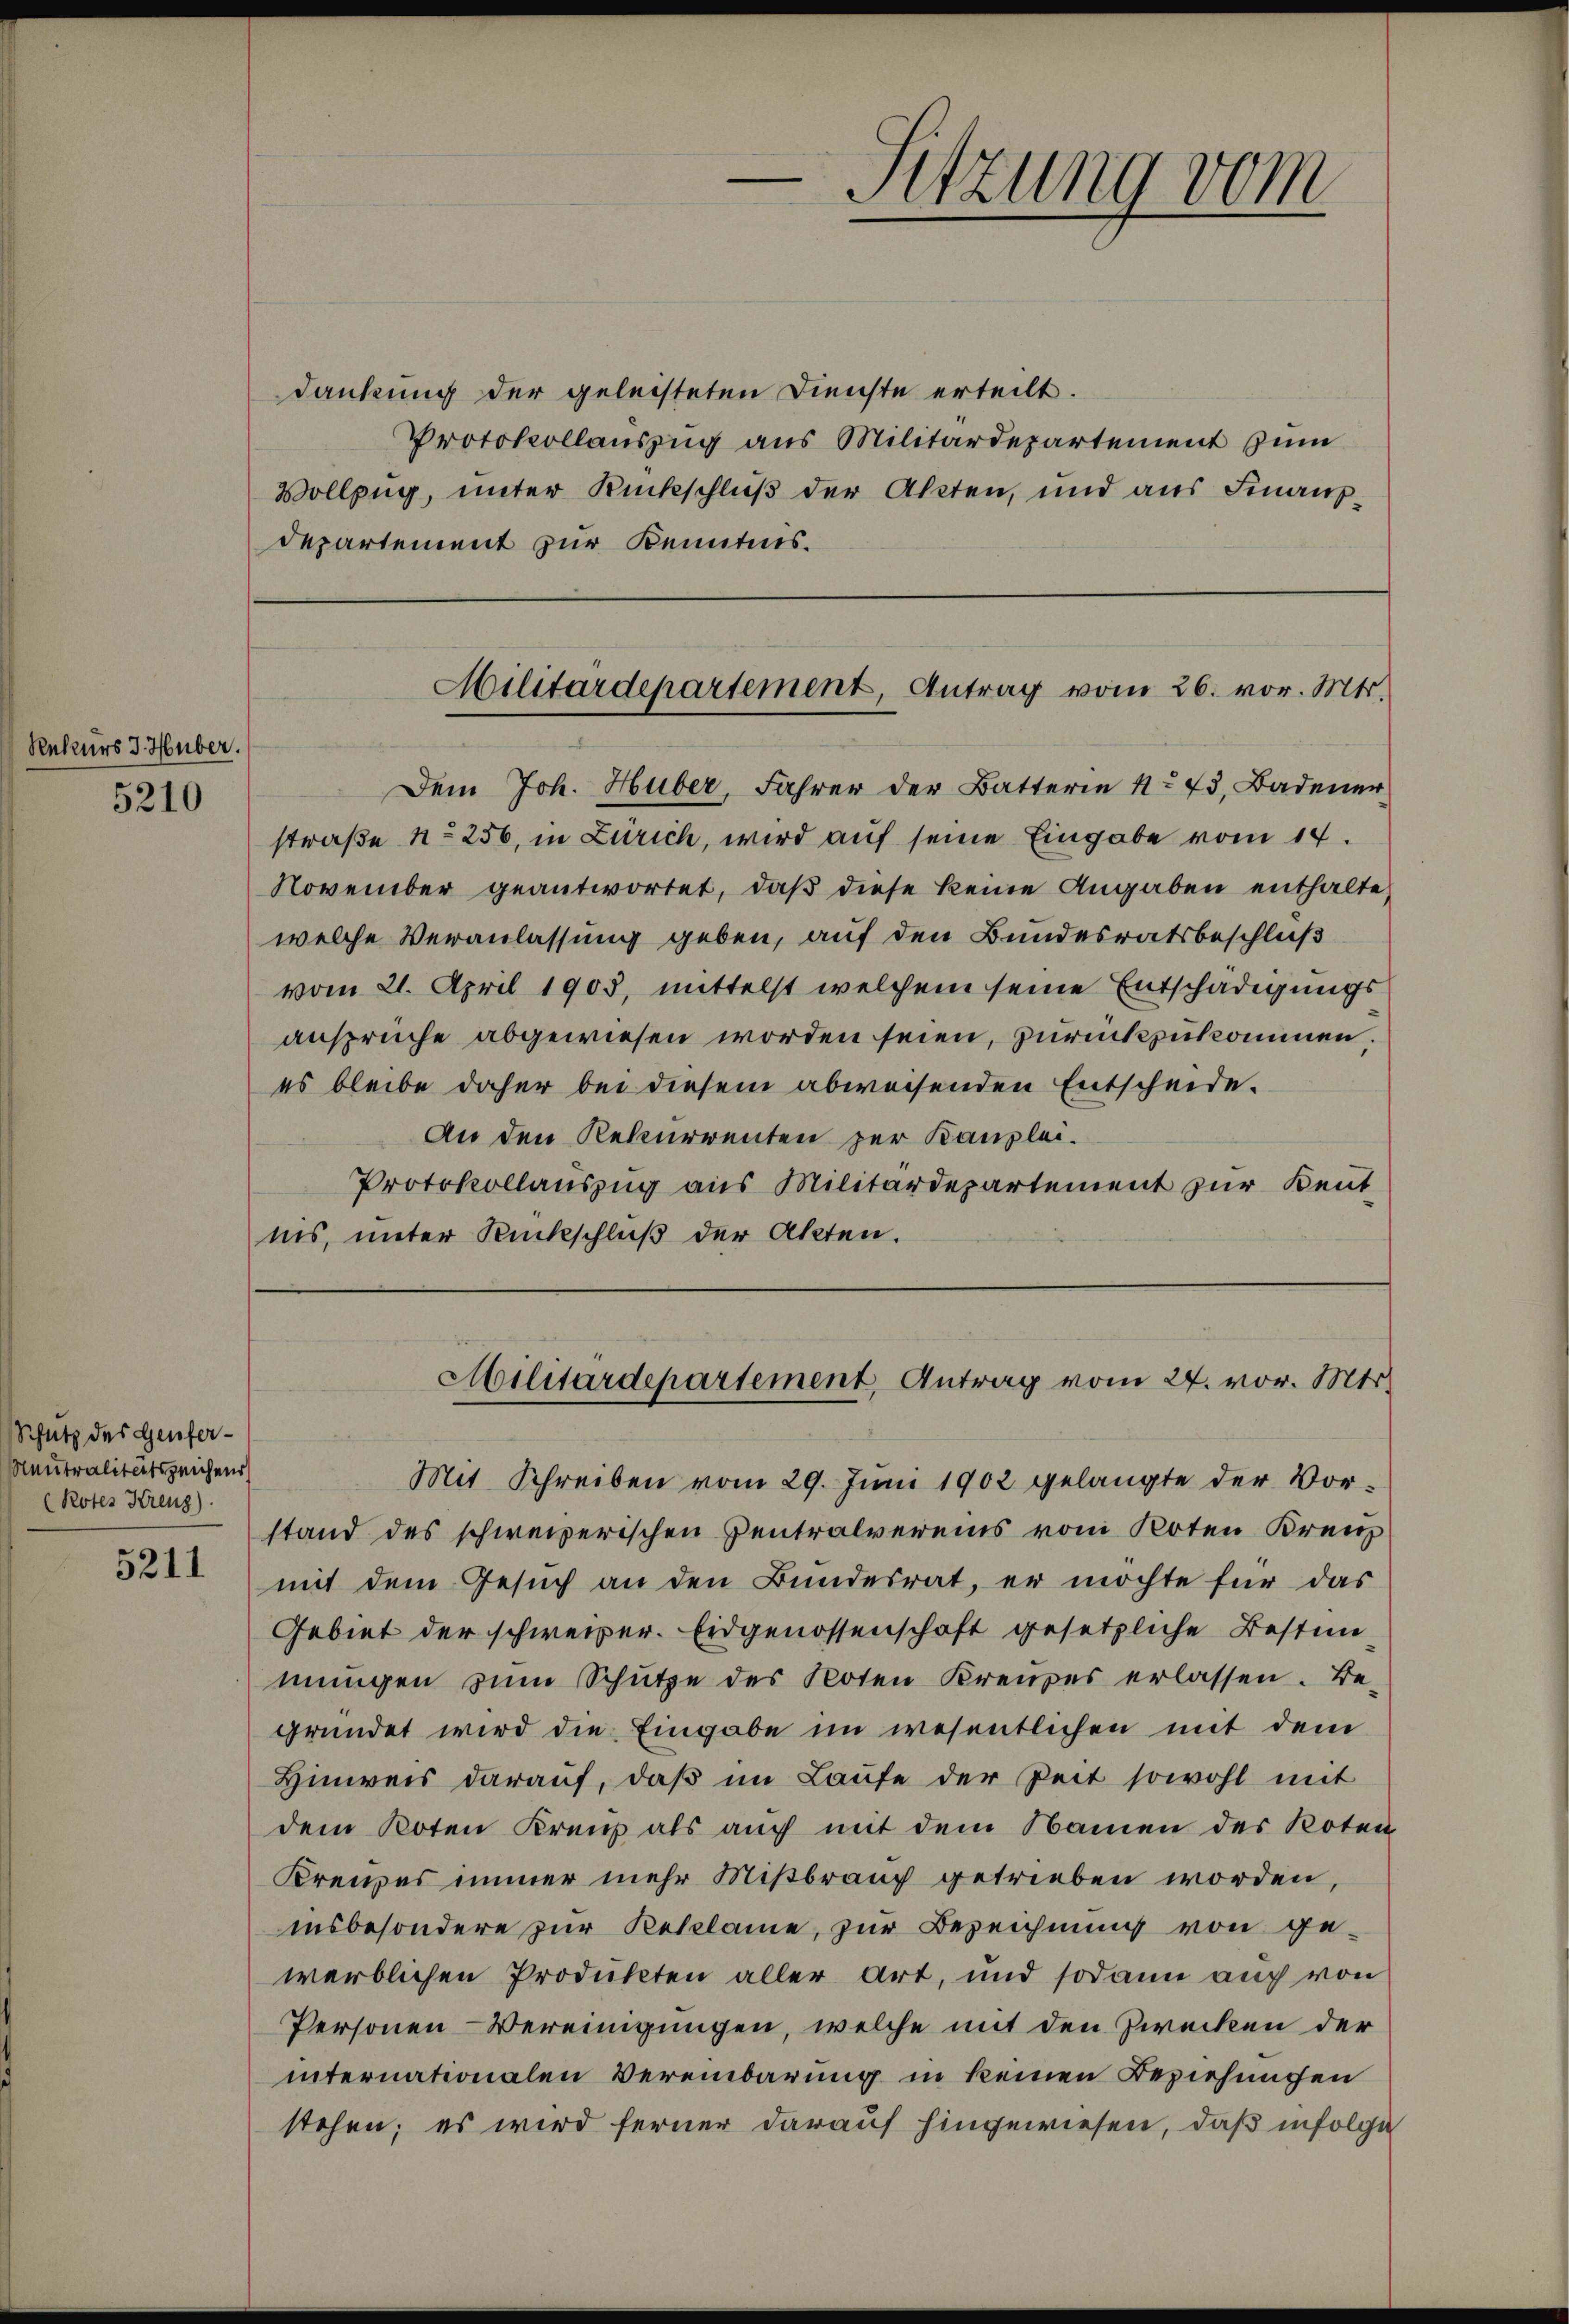
Rekurs J. Huber.

5210

Schutz des Genfer¬
Neutralitätszeichend
(Rotes Kreuz).

5211

dankung der geleisteten Dienste erteilt.
Protokollauszug aus Militärdepartement zum
Vollzug, unter Rückschluß der Akten, und aus Finanz¬
Departement zur Kenntnis.

Dem Joh. Huber, Fahrer der Batterie No 73, Badener
straße No 256, in Zürich, wird auf seine Eingabe vom 14.
November geantwortet, daß diese keine Angaben enthalte,
welche Veranlassung geben, auf den Bundesratsbeschluß
vom 21. April 1903, mittelst welchem seine Entschädigungs
ansprüche abgewiesen worden seien, zurückzukommen;
es bleibe daher bei diesem abweisenden Entscheide.
An den Rekurrenten per Kanzlei.
Protokollauszug aus Militärdepartement zur Kenntins, unter Rückschluß der Akten.

Sitzung vom

Militärdepartement, Antrag vom 26. vor. Mts.

Mit Schreiben vom 29. Juni 1902 gelangte der Vorstand des schweizerischen Centralvereins vom Roten Kreuz
mit dem Gesuch an den Bundesrat, er möchte für das
Gebiet der schweizer. Eidgenossenschaft gesetzliche Bestim
mungen zum Schütze des Noten Kreuzes erlassen. Be-
gründet wird die Eingabe im wesentlichen mit dem
Hinweis darauf, daß im Laufe der Zeit sowohl mit
dem Koten Kreis als auch mit dem Namen des Roten
Kreuzes immer mehr Mißbrauch getrieben worden,
insbesondere zur Reklame, zur Bezeichnung von ge-
werblichen Produkten aller Art, und sodann auch von
Personen Vereinigungen, welche mit den Zwecken der
internationalen Vereinbarung in keinen Beziehungen
stehen; es wird ferner darauf hingewiesen, daß infolge

Militärdepartement, Antrag vom 24. vor. Mts.